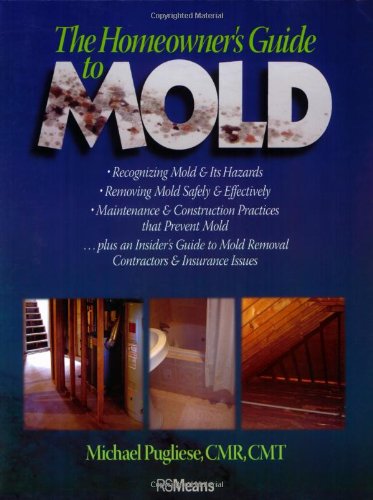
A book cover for The Homeowner's Guide to Mold; Michael Pugliese; Crafts, Hobbies & Home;